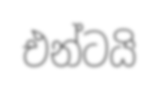
එන්ටයි